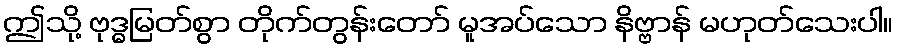
ဤသို့ ဗုဒ္ဓမြတ်စွာ တိုက်တွန်းတော် မူအပ်သော နိဗ္ဗာန် မဟုတ်သေးပါ။